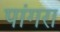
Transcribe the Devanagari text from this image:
पांगरा